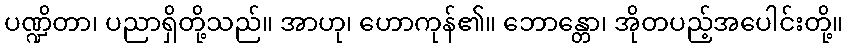
ပဏ္ဍိတာ၊ ပညာရှိတို့သည်။ အာဟု၊ ဟောကုန်၏။ ဘောန္တော၊ အိုတပည့်အပေါင်းတို့။